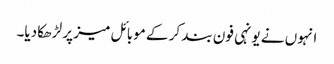
انہوں نے یونہی فون بند کر کے موبائل میز پر لڑھکا دیا۔